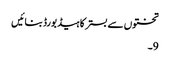
تختوں سے بستر کا ہیڈ بورڈ بنائیں
9۔